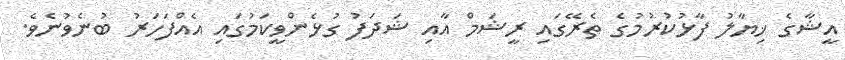
އީޝާގެ ޚިޔާލު ފާޅުކުރުމުގެ ތެރޭގައި ރީޝަމް އާއި ޝަދަފު ގުޅެންވީކަމުގައި އެއްފަހަރު ބުނެވުނެވެ.